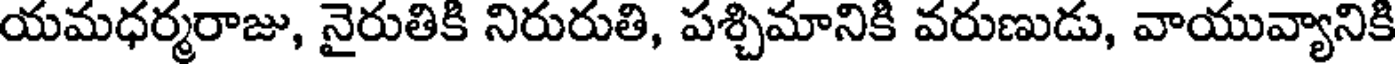
యమధర్మరాజు, నైరుతికి నిరురుతి, పశ్చిమానికి వరుణుడు, వాయువ్యానికి